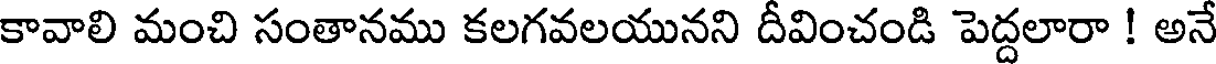
కావాలి మంచి సంతానము కలగవలయునని దీవించండి పెద్దలారా ! అనే